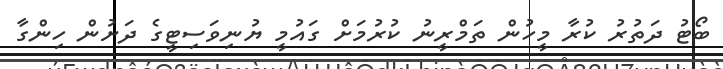
ބޯޓު ދަތުރު ކުރާ މީހުން ތަމްރީނު ކުރުމަށް ގައުމީ ޔުނިވަސިޓީގެ ދަށުން ހިންގާ